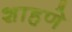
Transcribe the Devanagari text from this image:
शाहणे